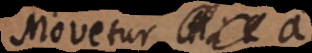
Movetur A a